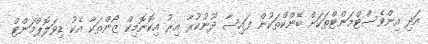
އަދި އިންވެސްޓްމަންޓްތަކަށް ބޭންކްތަކުން ފައިސާ ދޫނުކުރާ އިރު އިކޮނޮމިކް ޒޯންތަކާ އެކު ޑިވަލޮޕްމަންޓް